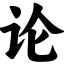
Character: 论